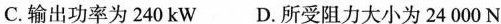
C.输出功率为240kW D.所受阻力大小为24000N